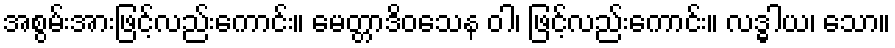
အစွမ်းအားဖြင့်လည်းကောင်း။ မေတ္တာဒိဝသေန ဝါ၊ ဖြင့်လည်းကောင်း။ လဒ္ဓါယ၊ သော။